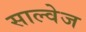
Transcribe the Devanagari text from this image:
साल्वेज